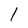
Character: l